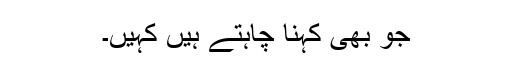
جو بھی کہنا چاہتے ہیں کہیں۔